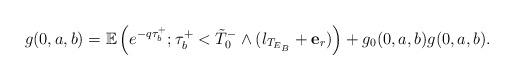
LaTeX: \begin{align*}g(0,a,b)=\mathbb{E}\left(e^{-q\tau_b^+};\tau_b^+<\tilde{T}_0^- \wedge (l_{T_{E_B}}+\mathbf{e}_{r})\right)+g_0(0,a,b)g(0,a,b).\end{align*}